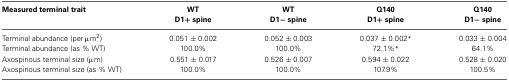
<table><thead><tr><td><b>Measured terminal trait</b></td><td><b>WT D1+ spine</b></td><td><b>WT D1− spines</b></td><td><b>Q140 D1+ spine</b></td><td><b>Q140 D1− spines</b></td></tr></thead><tbody><tr><td>Terminal abundance (per μm<sup>2</sup>)</td><td>0.051 ± 0.002</td><td>0.052 ± 0.003</td><td>0.037 ± 0.002<sup>*</sup></td><td>0.033 ± 0.004</td></tr><tr><td>Terminal abundance (as % WT)</td><td>100.0%</td><td>100.0%</td><td>72.1%<sup>*</sup></td><td>64.1%</td></tr><tr><td>Axospinous terminal size (μm)</td><td>0.551 ± 0.017</td><td>0.526 ± 0.007</td><td>0.594 ± 0.022</td><td>0.528 ± 0.020</td></tr><tr><td>Axospinous terminal size (as % WT)</td><td>100.0%</td><td>100.0%</td><td>107.9%</td><td>100.5%</td></tr></tbody></table>